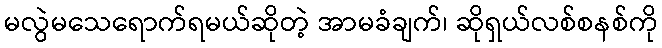
မလွဲမသေရောက်ရမယ်ဆိုတဲ့ အာမခံချက်၊ ဆိုရှယ်လစ်စနစ်ကို